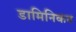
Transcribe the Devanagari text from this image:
डामिनिकन